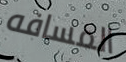
المسافه